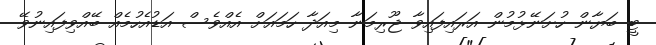
ޓީ ބަޔާން ހުށަނޭޅުމުން އަރައިފައިވާ ޖޫރިމަނާ މިއަދާ ހަމައަށް އެއްވެސް އަޑުއެހުމެއް ބޭއްވިފައިނުވޭ